Eesti_Peakonsulaat_New_Yorgis, lk 43
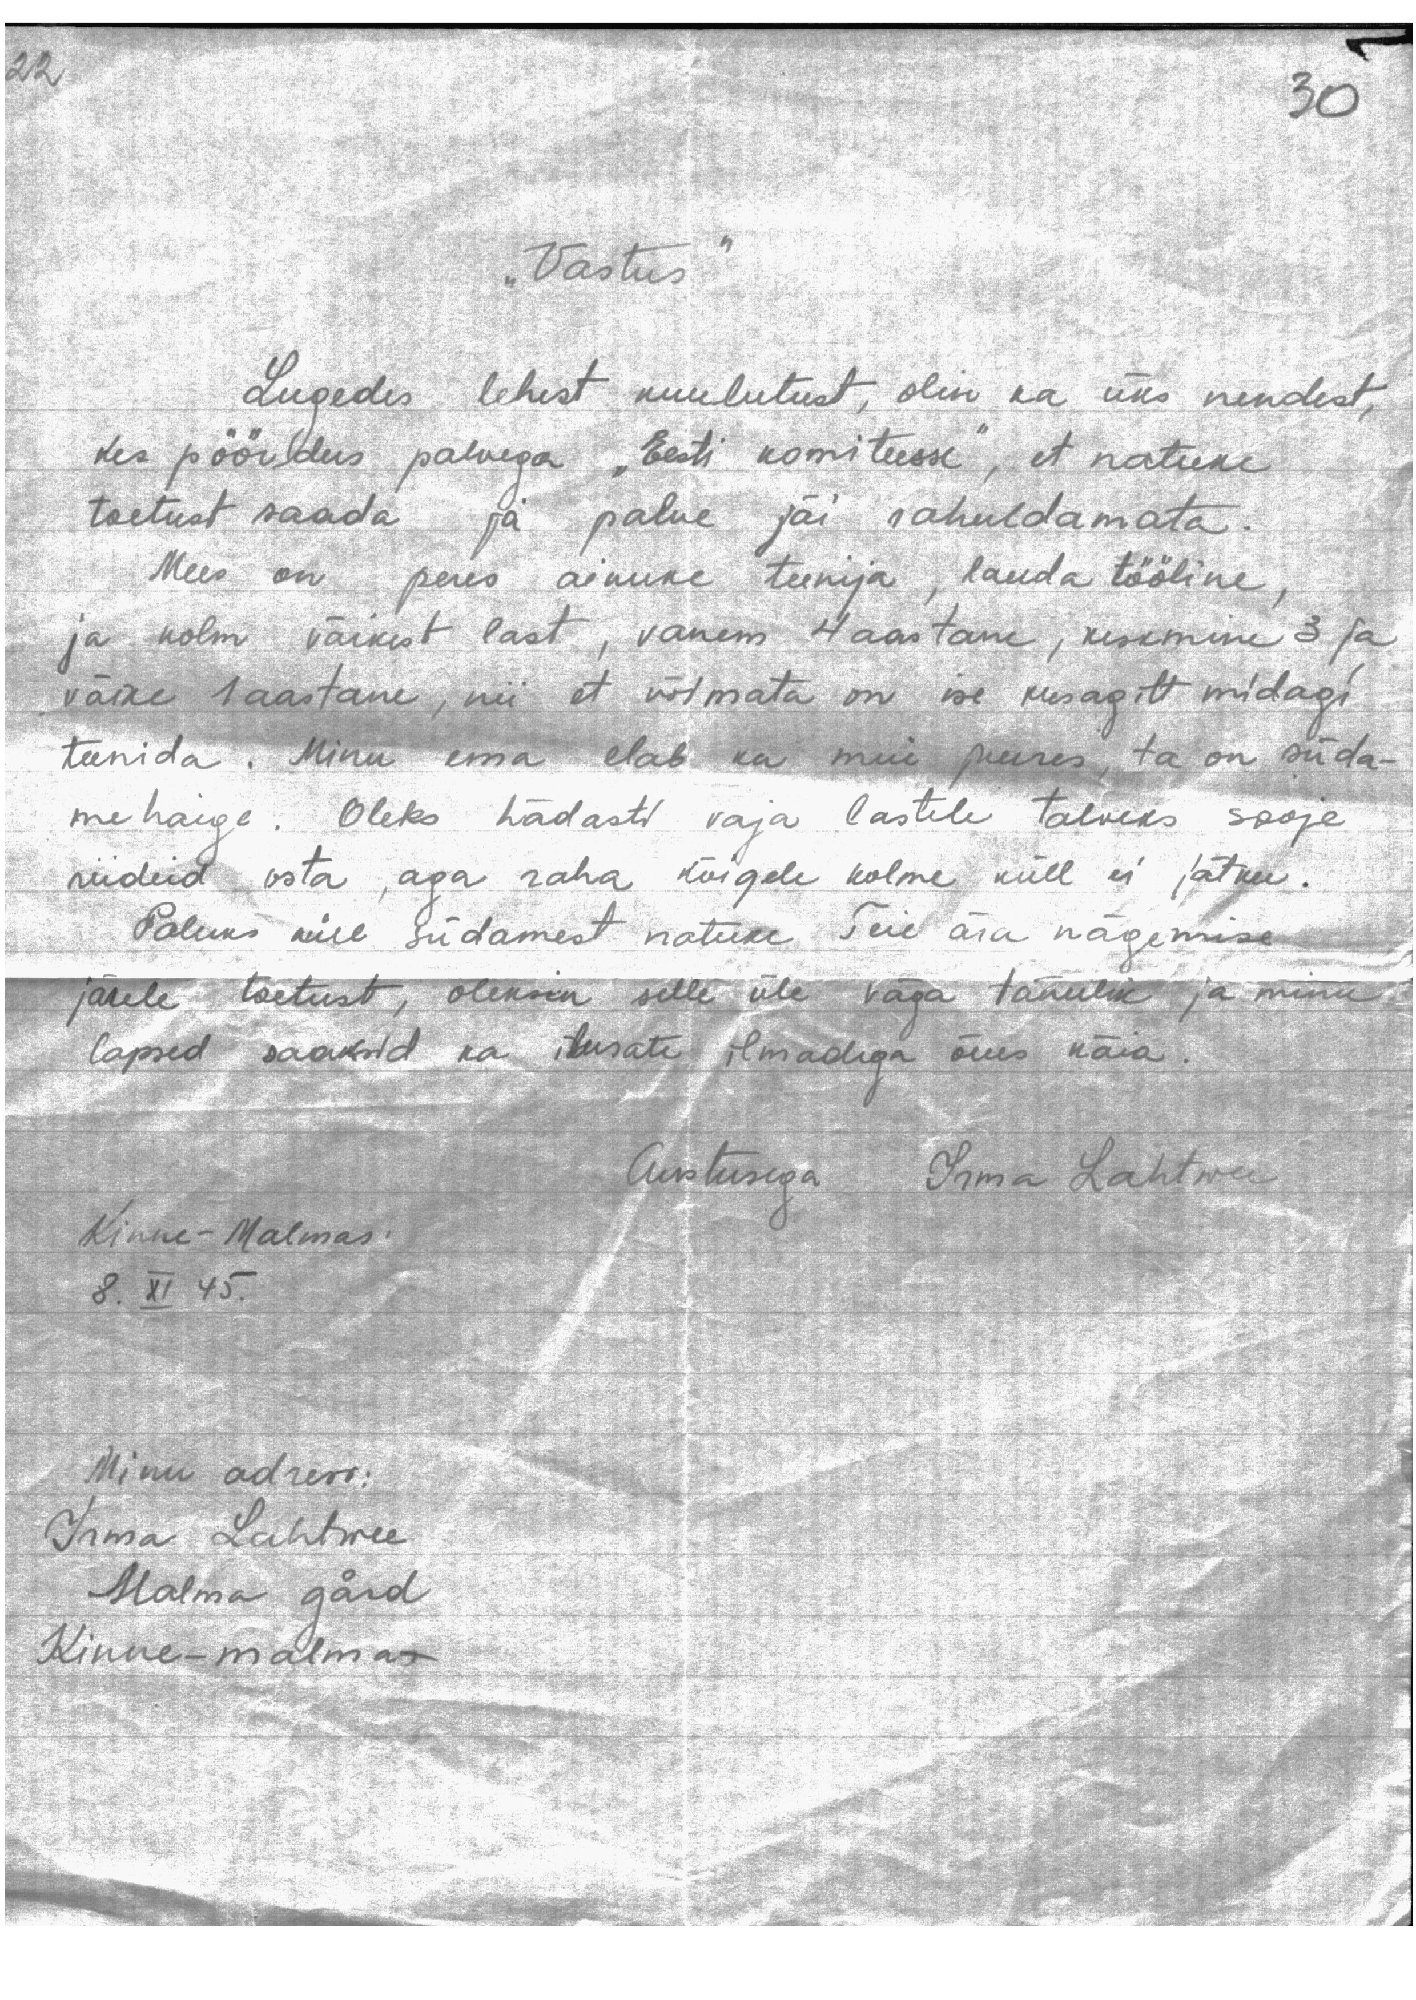
22

30

"Vastus"

Lugedes lehest kuulutust, olin ka üks nendest,
kes pöördus palvega "Eesti komiteesse", et natuke
toetust saada ja palve jäi rahuldamata.
Mees on peres ainuke teenija, lauda tööline,
ja kolm väikest last, vanem 4 aastane, keskmine 3 ja
väike 1 aastane, nii et võimata on ise kusagilt midagi
teenida. Minu ema elab ka meie juures, ta on süda-
me haige. Oleks hädasti vaja lastele talveks sooje
riideid osta, aga raha kõigele kolme küll ei jätku.
Paluks küll südamest natuke Teie ära nägemise
järele toetust, oleksin selle üle väga tänulik ja minu
lapsed saaksid ka ilusate ilmadega õues käia
Austusega Irma Lahtwee
Kinne-Malmas
8. XI 45.
Minu adress:
Irma Lahtwee
Malma gård
Kinne-malmas